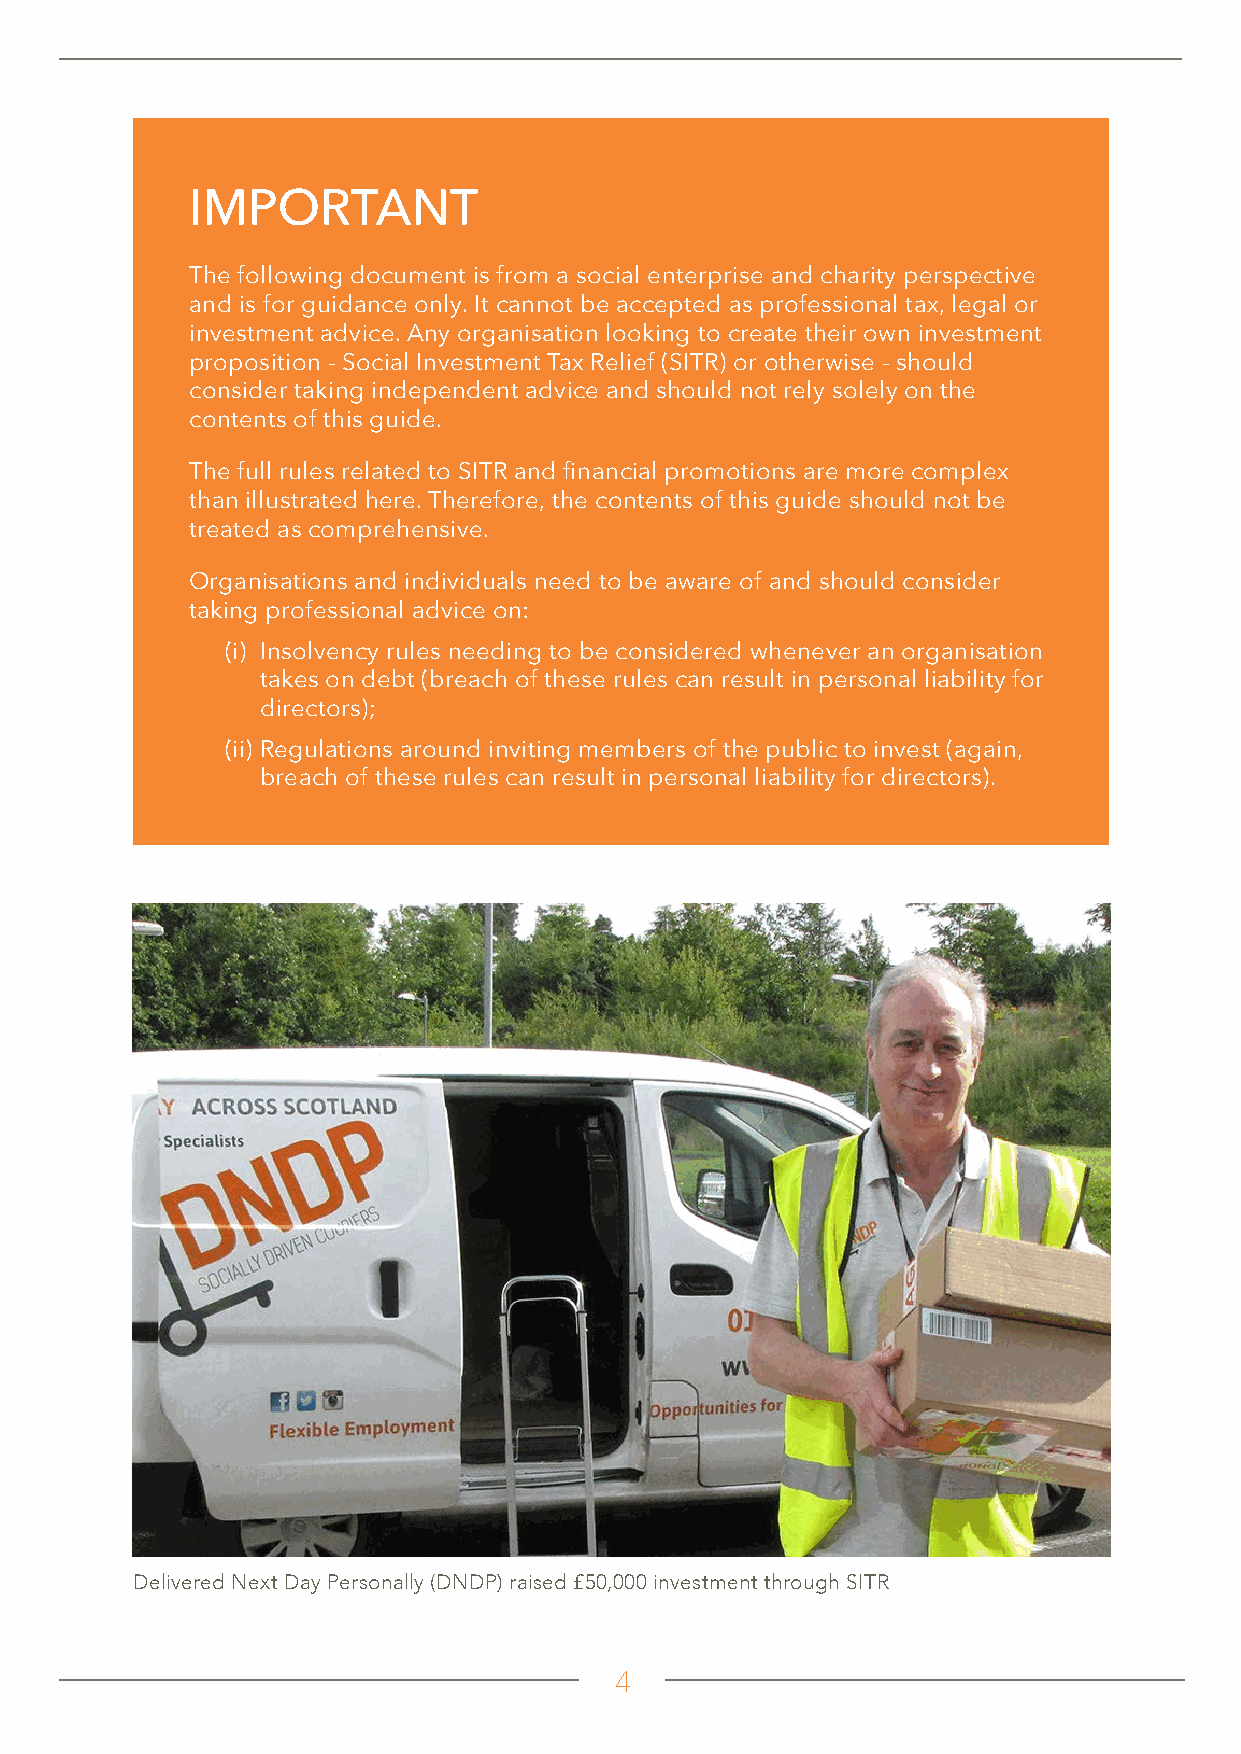
IMPORTANT
 The following document is from a social enterprise and charity perspective
 and is for guidance only. It cannot be accepted as professional tax, legal or
 investment advice. Any organisation looking to create their own investment
 proposition - Social Investment Tax Relief (SITR) or otherwise - should
 consider taking independent advice and should not rely solely on the
 contents of this guide.
 The full rules related to SITR and financial promotions are more complex
 than illustrated here. Therefore, the contents of this guide should not be
 treated as comprehensive.
 Organisations and individuals need to be aware of and should consider
 taking professional advice on:
 (i) Insolvency rules needing to be considered whenever an organisation
 takes on debt (breach of these rules can result in personal liability for
 directors);
 (ii) Regulations around inviting members of the public to invest (again,
 breach of these rules can result in personal liability for directors).
 Delivered Next Day Personally (DNDP) raised £50,000 investment through SITR
 4